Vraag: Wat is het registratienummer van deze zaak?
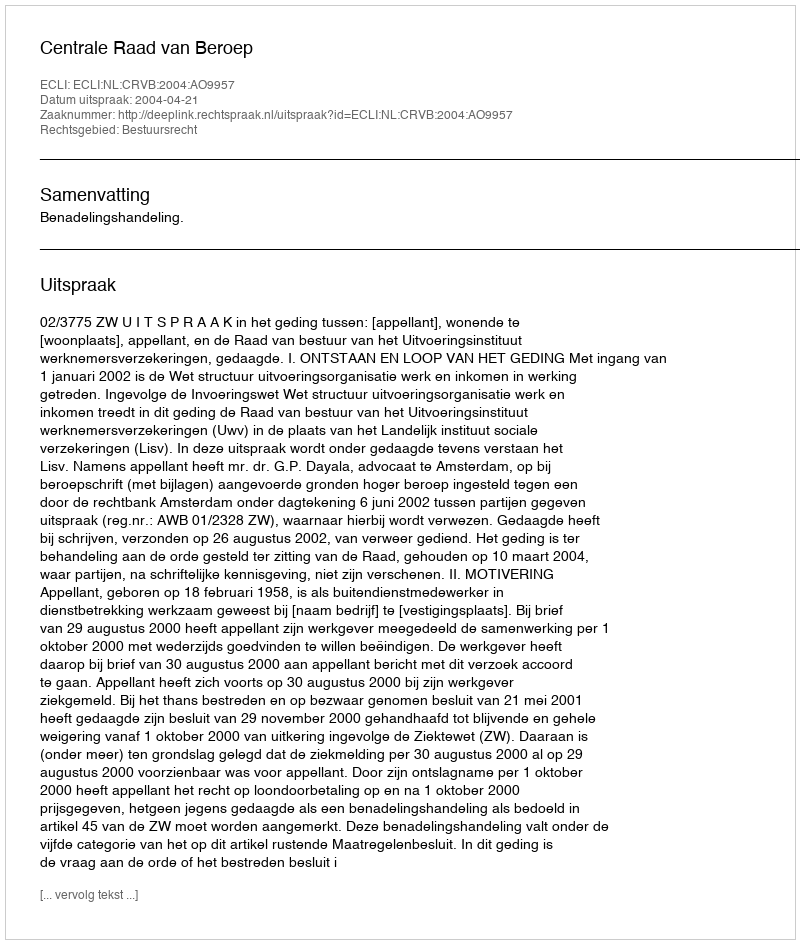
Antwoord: http://deeplink.rechtspraak.nl/uitspraak?id=ECLI:NL:CRVB:2004:AO9957